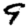
Digit: 9